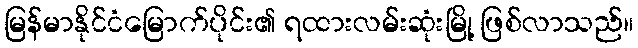
မြန်မာနိုင်ငံမြောက်ပိုင်း၏ ရထားလမ်းဆုံးမြို့ ဖြစ်လာသည်။